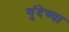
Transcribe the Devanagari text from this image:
गुंदेच्या